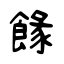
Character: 餯